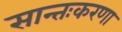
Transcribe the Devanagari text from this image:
सान्तःकरणा